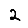
Digit: 2